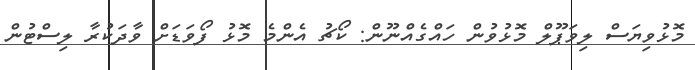
މޮޅުވިޔަސް ލިވަޕޫލް މޮޅުވުން ހައްގެއްނޫން: ކޯޗު އެންމެ މޮޅު ފޯވަޑަށް ވާދަކުރާ ލިސްޓުން